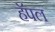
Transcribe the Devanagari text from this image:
हॅपल